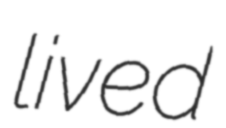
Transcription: lived